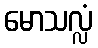
မောသလ္လံ